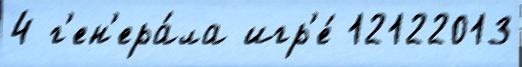
4 г'ен'ера́ла игр'е́ 12122013